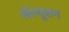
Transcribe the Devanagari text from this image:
सॅल्यूशन